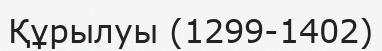
Құрылуы (1299-1402)